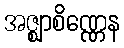
အဇ္ဈာစိဏ္ဏေန